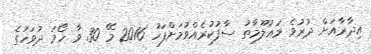
އިދާރާއަށް ދުރުވެ މަޢުލޫމާތު ސާފުކުރެއްވުމަށްފަހު 2016 މޭ 30 ވާ ހޯމަ ދުވަހުގެ